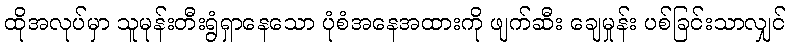
ထိုအလုပ်မှာ သူမုန်းတီးရွံရှာနေသော ပုံစံအနေအထားကို ဖျက်ဆီး ချေမှုန်း ပစ်ခြင်းသာလျှင်